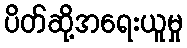
ပိတ်ဆို့အရေးယူမှု